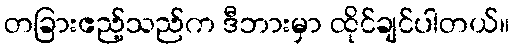
တခြားဧည့်သည်က ဒီဘားမှာ ထိုင်ချင်ပါတယ်။